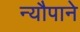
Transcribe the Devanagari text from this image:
न्यौपाने